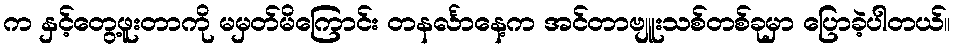
က နှင့်တွေ့ဖူးတာကို မမှတ်မိကြောင်း တနင်္လာနေ့က အင်တာဗျူးသစ်တစ်ခုမှာ ပြောခဲ့ပါတယ်။